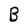
Character: B